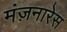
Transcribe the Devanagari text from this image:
मंज़नारेस